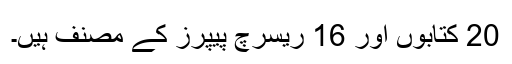
20 کتابوں اور 16 ریسرچ پیپرز کے مصنف ہیں۔